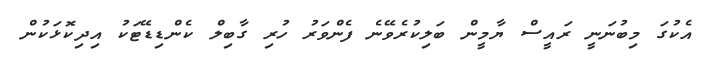
އެކުގަ މިބުނަނީ ރައީސް ޔާމީން ބަލިކުރެވޭނެ ފެންވަރު ހުރި ގާބިލް ކެންޑިޑޭޓަކު އިދިކޮޅަކުން